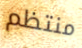
منتظم